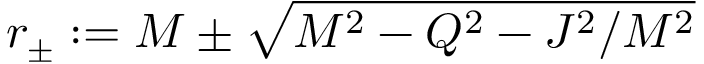
r _ { \pm } : = M \pm { \sqrt { M ^ { 2 } - Q ^ { 2 } - J ^ { 2 } / M ^ { 2 } } }